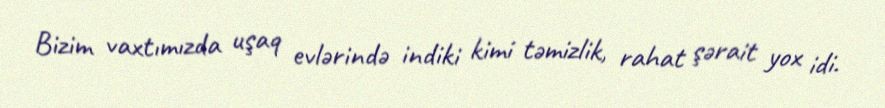
Bizim vaxtımızda uşaq evlərində indiki kimi təmizlik, rahat şərait yox idi.